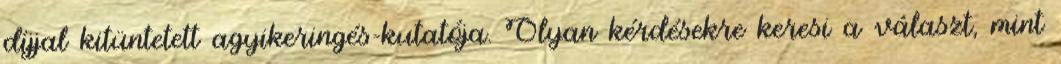
díjjal kitüntetett agyikeringés-kutatója. Olyan kérdésekre keresi a választ, mint